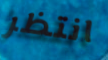
انتظر